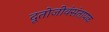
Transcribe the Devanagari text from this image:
दूतोजीवंसंतापक